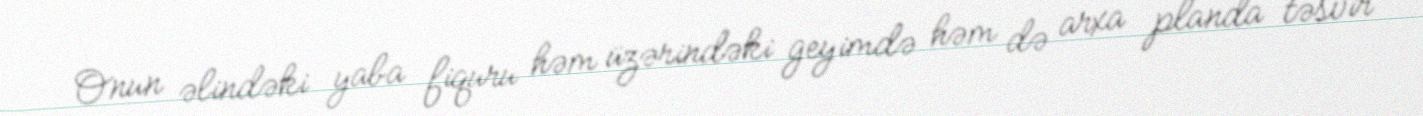
Onun əlindəki yaba fiquru həm üzərindəki geyimdə həm də arxa planda təsvir